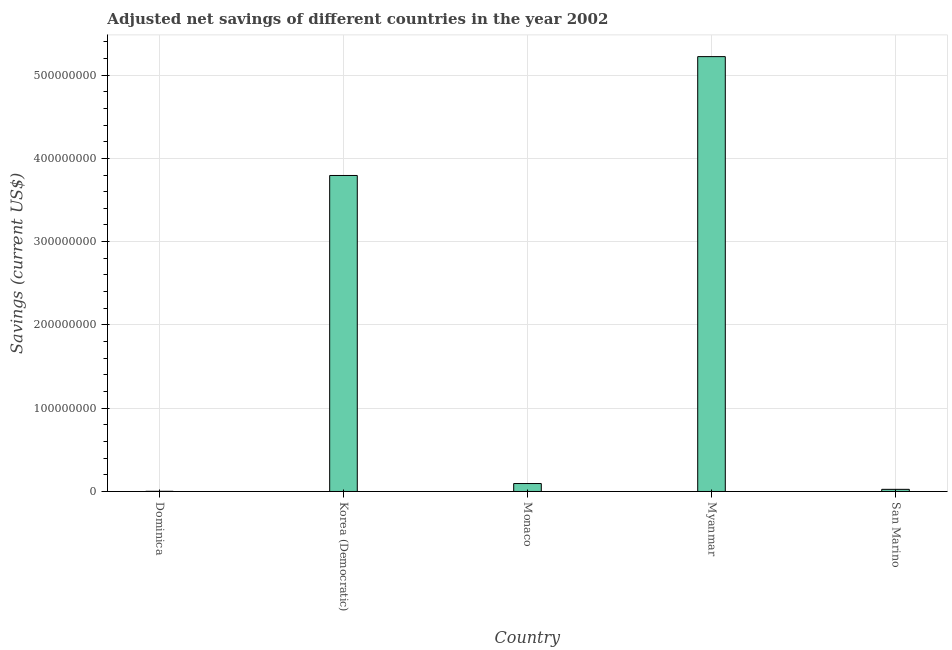
| Country | Adjusted savings: particulate emission damage (current US$) |
 | --- | --- |
 | Dominica | 2.14e+05 |
 | Korea (Democratic) | 3.79e+08 |
 | Monaco | 9.52e+06 |
 | Myanmar | 5.22e+08 |
 | San Marino | 2.57e+06 |